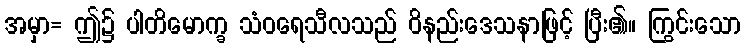
အမှာ= ဤ၌ ပါတိမောက္ခ သံဝရေသီလသည် ဝိနည်းဒေသနာဖြင့် ပြီး၏။ ကြွင်းသော